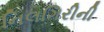
નિલગિરીની